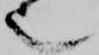
也